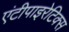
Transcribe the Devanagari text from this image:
एंटीपाइरेटिक्स